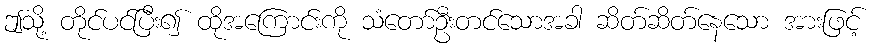
ဤသို့ တိုင်ပင်ပြီး၍ ထိုအကြောင်းကို သံတော်ဦးတင်သောအခါ ဆိတ်ဆိတ်နေသော အားဖြင့်